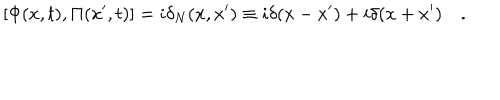
LaTeX: [ \Phi ( x , t ) , \Pi ( x ^ { \prime } , t ) ] = i \delta _ { N } ( x , x ^ { \prime } ) \equiv i \delta ( x - x ^ { \prime } ) + i \delta ( x + x ^ { \prime } ) \quad .